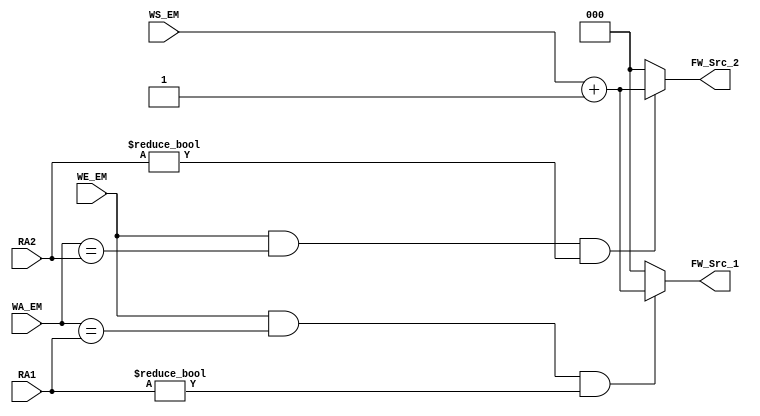
module ID_Fwd_Unit(
        input wire [4:0]    RA1,
        input wire [4:0]    RA2,
        input wire [4:0]    WA_EM,
        input wire          WE_EM,
        input wire [2:0]    WS_EM,
        output reg [2:0]    FW_Src_1,
        output reg [2:0]    FW_Src_2
    );
    
    //Forwarding for RD1
    always @ (*) begin
        if(WE_EM && WA_EM == RA1 && RA1 != 0) begin
            FW_Src_1 = WS_EM + 3'b1; //Forward data by selecting mux input
        end
        else FW_Src_1 = 3'b000; //Not writing back, don't forward
    end
    
    //Fowarding for RD2
    always @ (*) begin
        if(WE_EM && WA_EM == RA2 && RA2 != 0) begin
            FW_Src_2 = WS_EM + 3'b1; //Forward data by selecting mux input
        end
        else FW_Src_2 = 3'b000; //Not writing back, don't forward
    end

endmodule